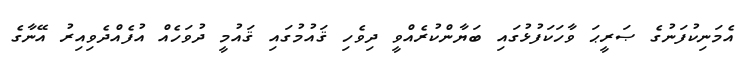
އެމަނިކުފަނުގެ ޞަރީޙަ ވާހަކަފުޅުގައި ބަޔާންކުރެއްވީ ދިވެހި ޤައުމުގައި ޤައުމީ ދުވަހެއް އުފެއްދެވިއިރު އޭނާގެ